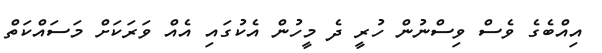
އިއްބެގެ ވެސް ވިސްނުން ހުރީ ދެ މީހުން އެކުގައި އެއް ވަރަކަށް މަސައްކަތް